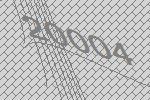
20004